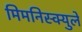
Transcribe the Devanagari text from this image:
मिमनिस्क्युले